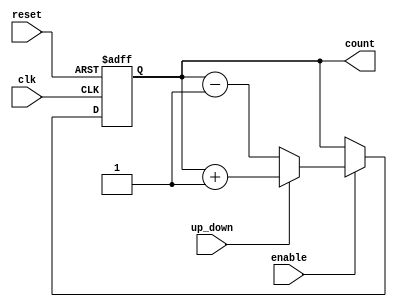
module up_down_counter (
    input wire clk,          // Clock signal
    input wire reset,        // Asynchronous reset signal
    input wire up_down,      // Control signal for counting direction
    input wire enable,       // Enable signal for counting
    output reg [n-1:0] count // Current count value (n-bit)
);
    parameter n = 4; // Define counter width (number of bits)

    // Asynchronous reset and counting logic
    always @(posedge clk or posedge reset) begin
        if (reset) begin
            count <= 0; // Reset the counter to zero
        end else if (enable) begin
            if (up_down) begin
                count <= count + 1; // Count up
            end else begin
                count <= count - 1; // Count down
            end
        end
        // If enable is low, the count retains its value
    end

endmodule